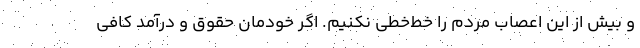
و بیش از این اعصاب مردم را خط‌خطی نکنیم. اگر خودمان حقوق و درآمد کافی